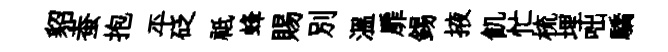
貂蚕抱平砭祗蜂賜别溫扉錫掖飢忙梳埋咄驕